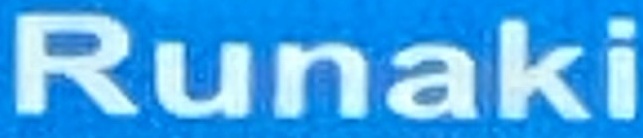
Runaki